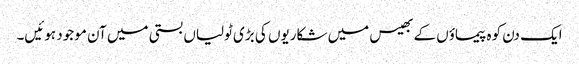
ایک دن کوہ پیماؤں کے بھیس میں شکاریوں کی بڑی ٹولیاں بستی میں آن موجود ہوئیں۔